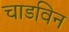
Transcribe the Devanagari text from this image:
चाडविन